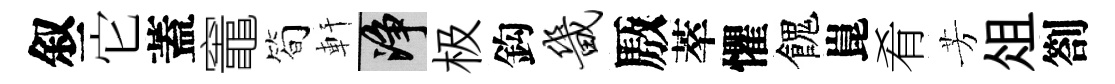
叙它蓋竈简軒净极鈎畿厫萃懼餽崑肴芳俎劄